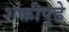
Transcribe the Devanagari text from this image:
शक्तीपुढे